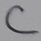
Text: C